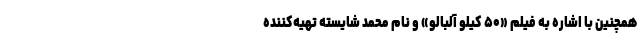
همچنین با اشاره به فیلم «۵۰ کیلو آلبالو» و نام محمد شایسته تهیه‌کننده